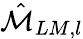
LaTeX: \hat{\mathcal{M}}_{LM,l}